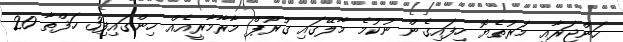
ހަންޖަރާއި މަރުތެޔޮ ހިފައިގެން ނުކުމެ މާލޭގައި ގުރޫޕް މާރާމާރީއެއް ހިންގައިފި3 ހަފްތާ 20